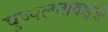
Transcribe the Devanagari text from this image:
पुष्पलताबाईंची